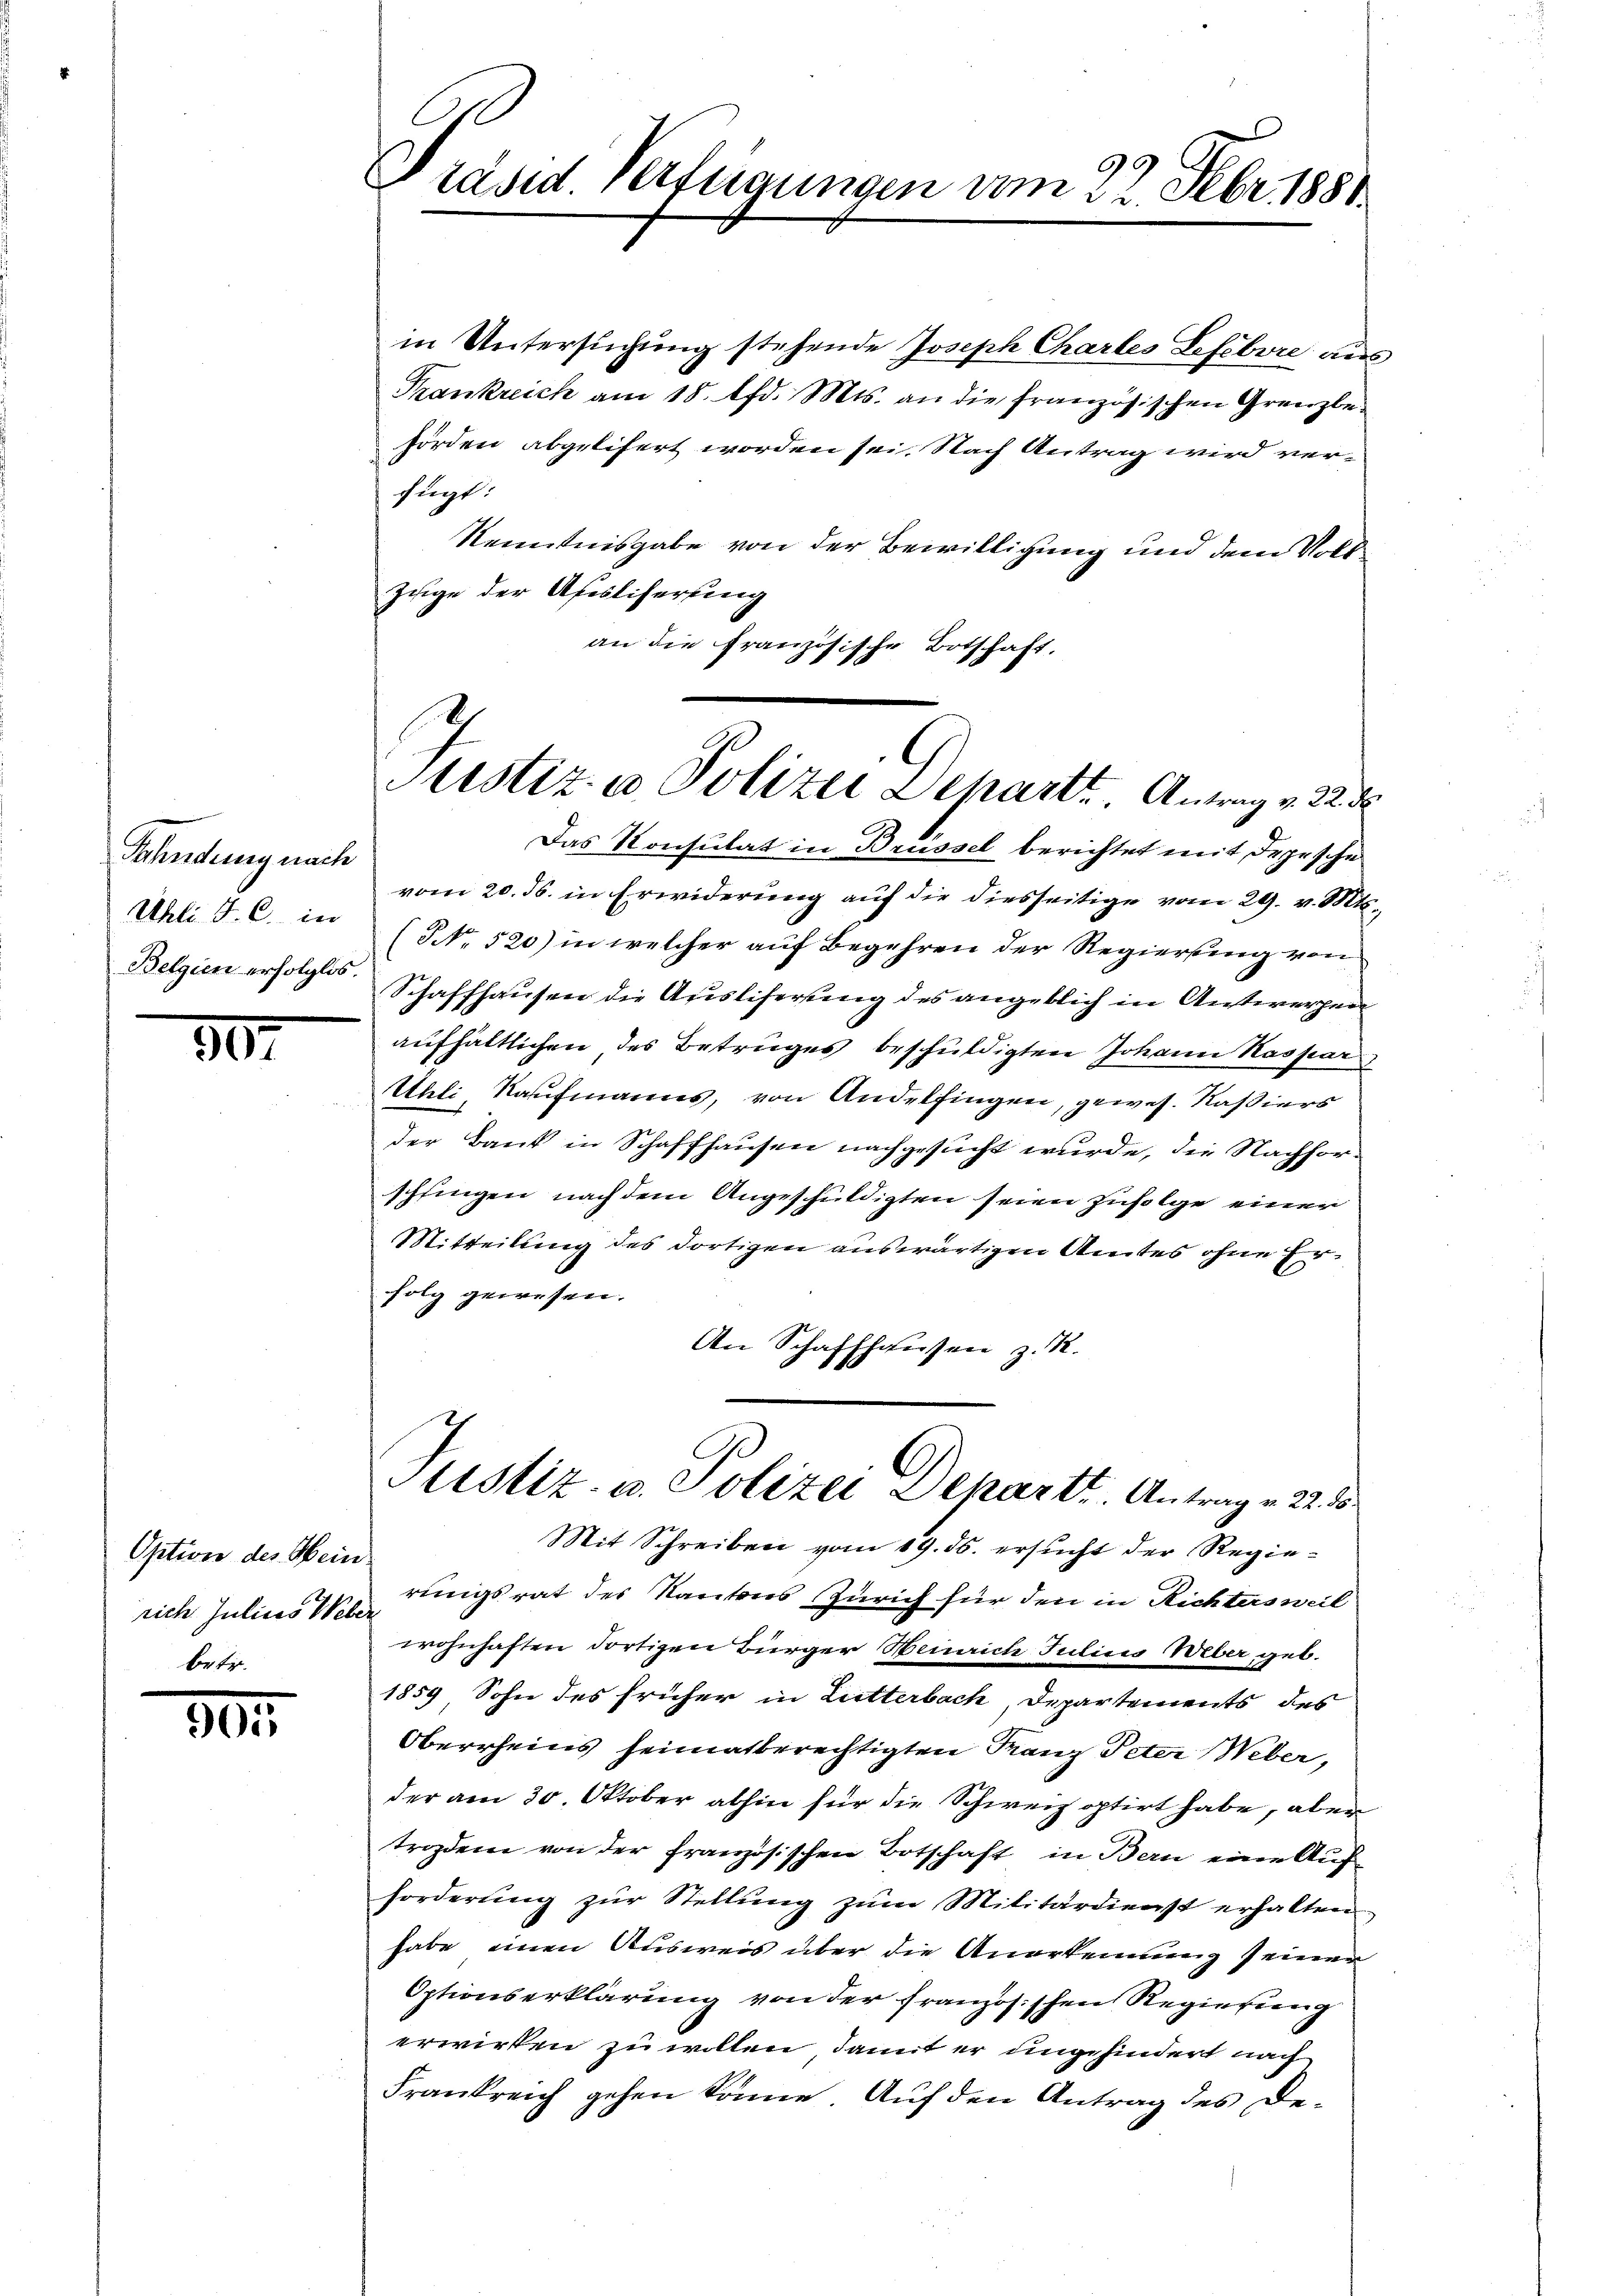
Fahndung nach
Uhli J. C. in
Belgien erfolglos.

30.

Option des Mein
rich Julius Web

30

Präsid Verfügungen vom 22. Febr. 1881

in Untersuchung stehende Joseph Chartes Lefebore aus
Frankreich am 18. d. Mts. an die französischen Grenzbehörden abgelifert worden sei. Nach Antrag wird verfügt:
Kenntnisgabe von der Bewilligung und dem Voll¬
Zuge der Afisliserung
an die Französische Botschaft.

Justiz- u. Polizei Departe Antrag v. 223

Das Konsulat in Brüssel berichtet mit depesche
vom 20. ds. in Erwiderung auf die diesseitige vom 29. v. Mts.,
(NNo. 520) in welcher auf Begehren der Regierung von
Schaffhausen die Ausliserung des angeblich in Antwerfen
aufhältlichen des Betruges beschuldigten Johann Kaspar
Uhli Kaufmanns, von Andelfingen, gewes. Kassiers
der Bank in Schaffhausen nachgesucht wurde, die Nachfor-
schfingen nach dem Angeschuldigten seien Zufolge einer
Mitteilung des dortigen auswärtigen Amtes ohne Erfolg gewesen.
An Schaffhausen z. R.

Ptustiz- u. Polizei Depart. Antrag e 22. 5

Mit Schreiben vom 19. ds. ersucht der Regierungsrat des Nantes Zürich für den in Richtersweil
s
wohnhaften dortigen Bürger Henrich Julicis Weber geb.
1859 Sohn des früher in Lutterbach Departements des
Oberrheins heimatberechtigten Franz Peter Weber,
der am 30. Oktober abhin für die Schweiz optirt habe, aber
troden von der französischen Botschaft in Bern eine Aufforderung zur Stellung zum Militärdienst erhalten
habe einen Ausweis über die Anerkennung seiner
Optionserklärung von der französischen Regierung
erwirken zu willen, damit er ungehindert nach
Frankreich gehen könne. Auf den Antrag des De¬